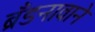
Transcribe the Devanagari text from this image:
ब्रँडनावाने